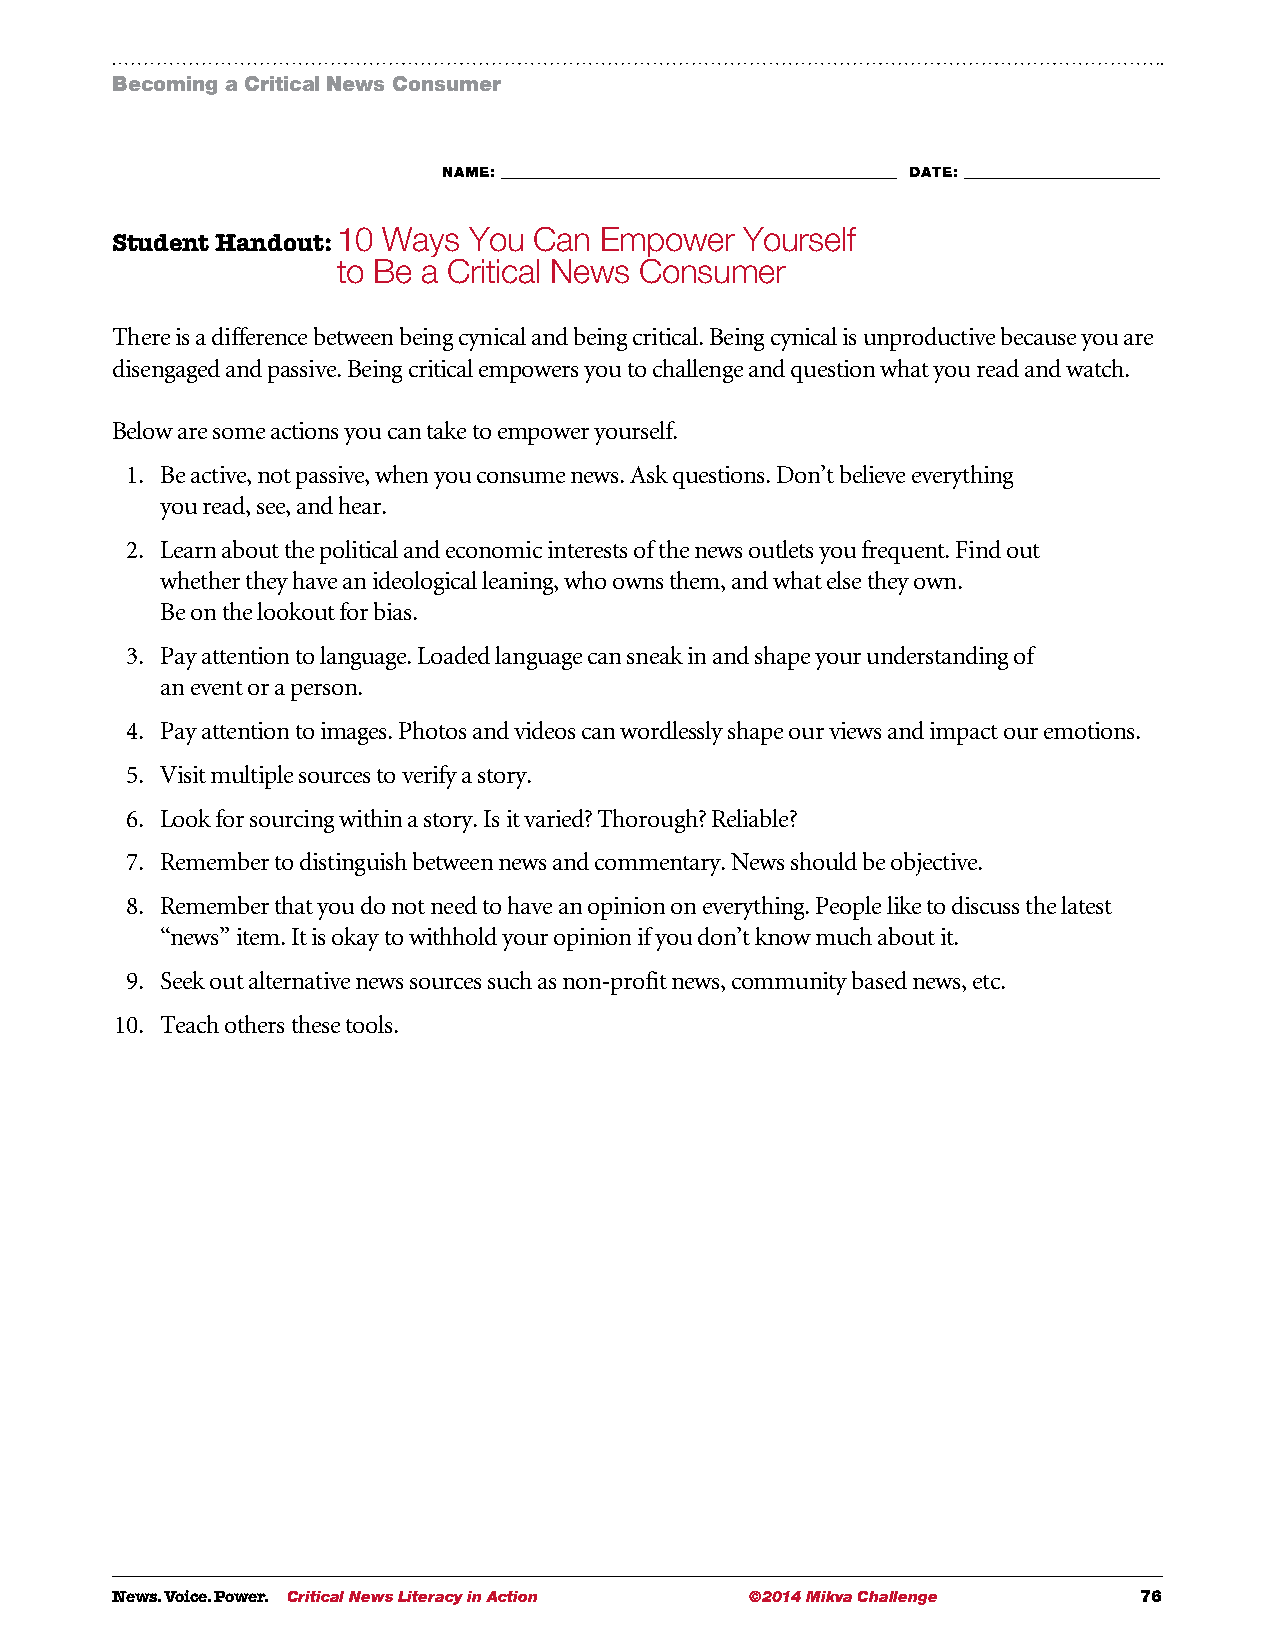
Becoming a Critical News Consumer
 NAME: ___________________________________________________________ DATE: _____________________________
 10 Ways  You Can  Empower  Yourself
 Student Handout:
 to Be a Critical News Consumer
 There is a difference between being cynical and being critical. Being cynical is unproductive because you are
 disengaged and passive. Being critical empowers you to challenge and question what you read and watch.
 Below are some actions you can take to empower yourself.
 1. B e active, not passive, when you consume news. Ask questions. Don’t believe everything
 you read, see, and hear.
 2. L earn about the political and economic interests of the news outlets you frequent. Find out
 whether they have an ideological leaning, who owns them, and what else they own.
 Be on the lookout for bias.
 3. P ay attention to language. Loaded language can sneak in and shape your understanding of
 an event or a person.
 4. P ay attention to images. Photos and videos can wordlessly shape our views and impact our emotions.
 5. V isit multiple sources to verify a story.
 6. L ook for sourcing within a story. Is it varied? Thorough? Reliable?
 7. R emember to distinguish between news and commentary. News should be objective.
 8. R emember that you do not need to have an opinion on everything. People like to discuss the latest
 “news” item. It is okay to withhold your opinion if you don’t know much about it.
 9. S eek out alternative news sources such as non-profit news, community based news, etc.
 10. T each others these tools.
 News. Voice. Power. Critical News Literacy in Action ©2014 Mikva Challenge 76